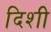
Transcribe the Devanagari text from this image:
दिशी